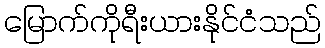
မြောက်ကိုရီးယားနိုင်ငံသည်